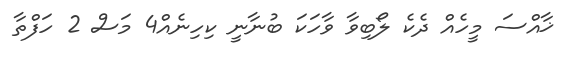
ޚާއްސަ މީހެއް ދެކެ ލޯބިވާ ވާހަކަ ބުނާނީ ކިހިނެއް4 މަސް 2 ހަފްތާ